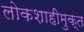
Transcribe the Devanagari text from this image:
लोकशाहीमुक्त